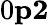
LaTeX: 0\le p\le 2